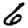
Digit: 6